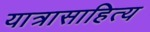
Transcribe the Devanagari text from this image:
यात्रासाहित्य